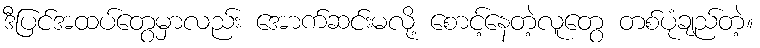
ဒီပြင်အထပ်တွေမှာလည်း အောက်ဆင်းမလို့ စောင့်နေတဲ့လူတွေ တစ်ပုံချည်တဲ့။